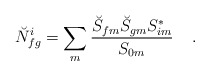
\begin{align*}\breve{N}^{i}_{fg} = \sum_{m} {\breve{S}_{fm} \breve{S}_{gm} {S}^*_{im} \over {S}_{0m}} \;\;\;\; .\end{align*}